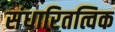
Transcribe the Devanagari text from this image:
संधारितत्विक